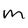
Character: M